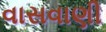
વાસવાણી